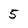
Character: 5